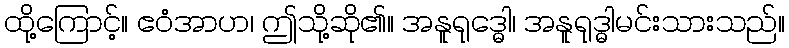
ထို့ကြောင့်။ ဧဝံအာဟ၊ ဤသို့ဆို၏။ အနူရုဒ္ဓေါ၊ အနူရုဒ္ဓါမင်းသားသည်။